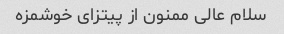
سلام عالی ممنون از پیتزای خوشمزه